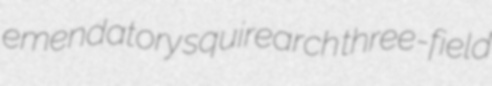
emendatory squirearch three-field